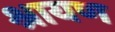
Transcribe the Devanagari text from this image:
श्रायण